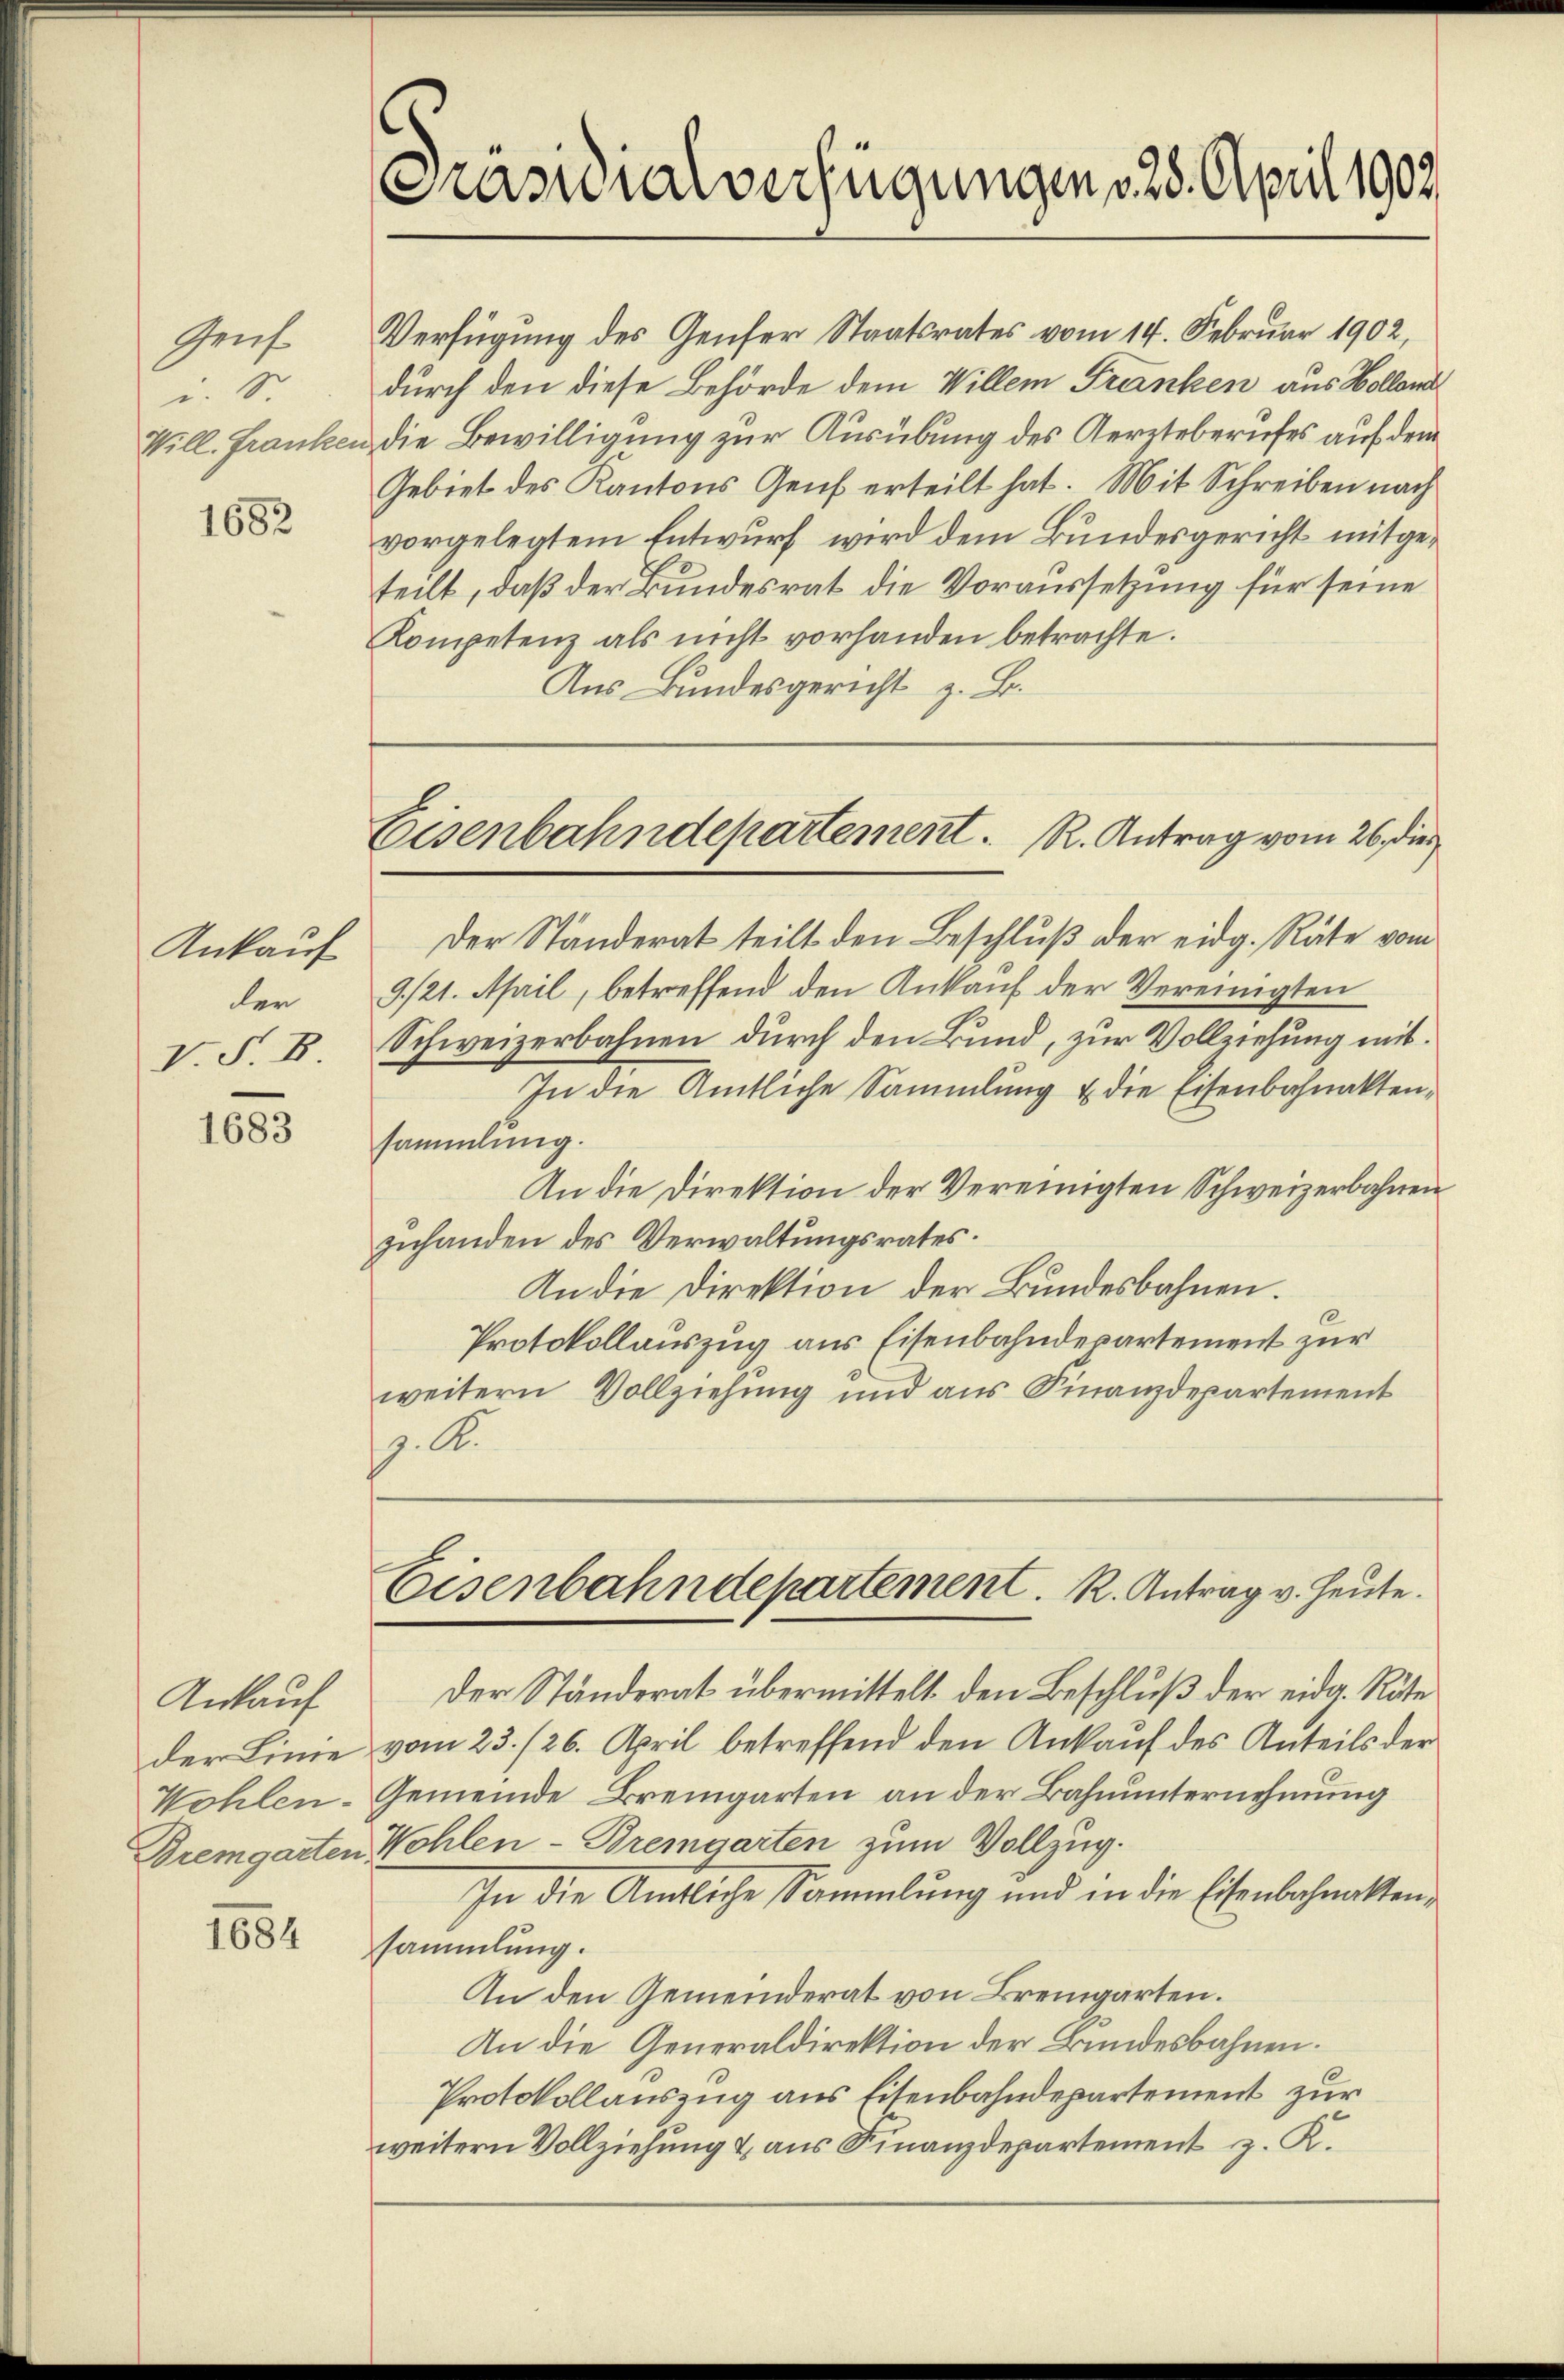
Gensi. S.

1682

Ankauf
der
V. S. B

1683

Ankauf

1684

Präsidialverfügungen d. 28. April 1902

Verfügung des Genfer Staatsrates vom 14. Februar 1902,
durch den diese Behörde dem Willem Franken aus Holland
Will. Franken die Bewilligung zur Ausübung des Aerzteberufes auf dem
Gebiet des Kantons Genf erteilt hat. Mit Schreiben nach
vorgelegtem Entwurf wird dem Bundesgericht mitgeteilt, daß der Bundesrat die Voraussetzung für seine
Kompetenz als nicht vorhanden betrachte.
Aus Bundesgericht z. B.

Der Ständerat teilt den Beschluß der eidg. Räte vom
9./21. April, betreffend den Ankauf der Vereinigten
Schweizerbahnen durch den Bund, zur Vollziehung mit¬
In die Amtliche Sammlung u die Eisenbahnaktensammlung.
An die Direktion der Vereinigten Schweizerbahnen
zuhanden des Verwaltungsrates.
An die Direktion der Bundesbahnen.
Protokollauszug aus Eisenbahndepartement zur
weitern Vollziehung und aus Finanzdepartement
p. A

Eisenbahndepartement. R. Antrag vom 26. die

Eisenbahndepartement. K. Antrag v. Heute.

Der Ständerat übermittelt den Beschluß der eidg. Räte
der Linie vom 23./26. April betreffend den Ankauf des Anteils der
Wohlen-Gemeinde Bremgarten an der Bahnunternehmung
Dremgarten Wohlen-Bremgarten zum Vollzug.
In die Amtliche Sammlung und in die Eisenbahnatten,
sammlung.
An den Gemeinderat von Bremgarten.
An die Generaldirektion der Bundesbahnen.
Protokollauszug aus Eisenbahndepartement zur
weitern Vollziehung & aus Finanzdepartement z. K.